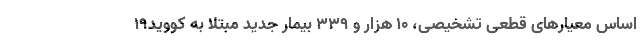
اساس معیارهای قطعی تشخیصی، ۱۰ هزار و ۳۳۹ بیمار جدید مبتلا به کووید۱۹